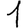
Digit: 1